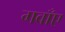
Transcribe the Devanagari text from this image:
गवाँए